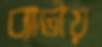
ব্যাটায়